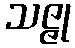
သဇ္ဇု